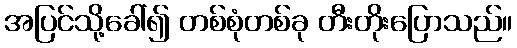
အပြင်သို့ခေါ်၍ တစ်စုံတစ်ခု တီးတိုးပြောသည်။